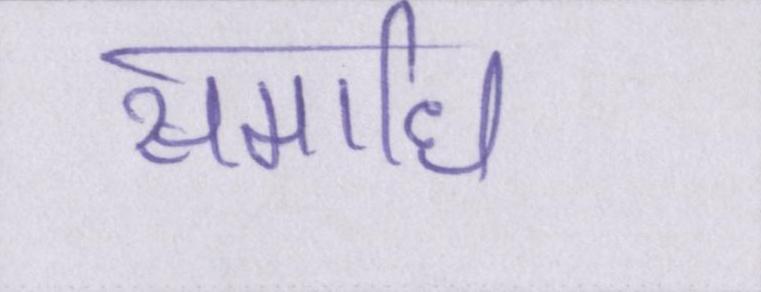
समाधि